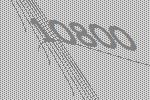
10800